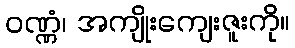
ဝဏ္ဏံ၊ အကျိုးကျေးဇူးကို။